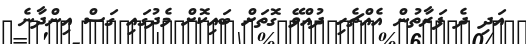
އަދި ދެ ފަރާތުން އެއްޗެހި ދުއްވޭ ގޮތަށް ބައިކޮށް މެދުގައި ގަސް އިންދާނެ